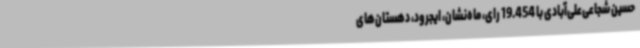
حسین‌ شجاعی‌علی‌آبادی با 19.454 رای، ماه‌نشان، ایجرود، دهستان‌های